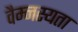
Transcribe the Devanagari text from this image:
वैम्नस्यता